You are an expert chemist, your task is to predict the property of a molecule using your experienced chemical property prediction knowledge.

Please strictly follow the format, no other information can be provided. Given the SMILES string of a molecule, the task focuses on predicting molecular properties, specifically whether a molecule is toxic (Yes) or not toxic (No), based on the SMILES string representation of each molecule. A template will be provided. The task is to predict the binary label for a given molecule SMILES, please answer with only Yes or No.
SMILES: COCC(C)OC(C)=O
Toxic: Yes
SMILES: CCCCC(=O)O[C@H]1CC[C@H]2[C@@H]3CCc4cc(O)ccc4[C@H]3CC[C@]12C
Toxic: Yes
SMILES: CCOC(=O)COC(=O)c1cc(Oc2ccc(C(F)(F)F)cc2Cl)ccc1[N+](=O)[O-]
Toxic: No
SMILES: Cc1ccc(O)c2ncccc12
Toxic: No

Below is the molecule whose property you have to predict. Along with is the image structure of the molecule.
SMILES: CNC(=O)c1c(I)c(C(=O)NCC(=O)Nc2c(I)c(C(=O)O)c(I)c(C(=O)NCCO)c2I)c(I)c(N(C)C(C)=O)c1I
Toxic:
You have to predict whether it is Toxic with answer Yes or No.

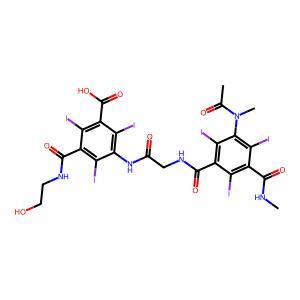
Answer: No